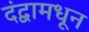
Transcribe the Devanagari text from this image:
दंद्वामधून